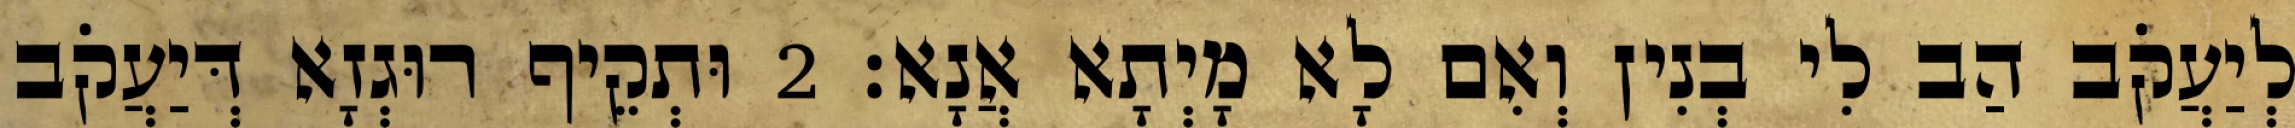
לְיַעֲקֹב הַב לִי בְנִין וְאִם לָא מָיְתָא אֲנָא׃ 2 וּתְקֵיף רוּגְזָא דְּיַעֲקֹב